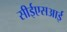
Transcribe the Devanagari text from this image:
सीईएसआई